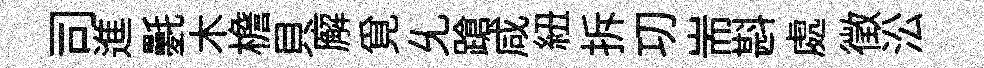
司進氎木檐貝廨覓𠃔蹌咸紐拆㓛耑斟處徵㳂